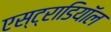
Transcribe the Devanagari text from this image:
एस्ट्राडियॉल